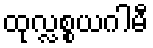
ထုလ္လစ္စယဂါမီ